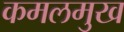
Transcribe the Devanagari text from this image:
कमलमुख